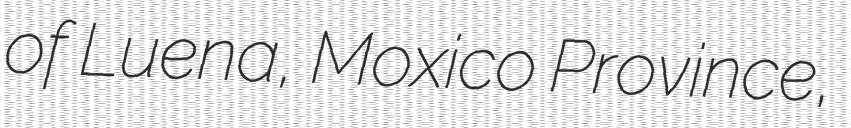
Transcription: of Luena, Moxico Province,